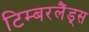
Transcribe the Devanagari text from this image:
टिम्बरलैंड्स